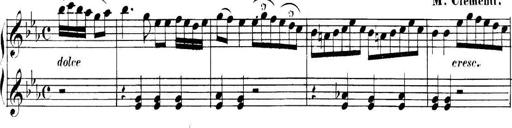
Title: Collected Piano Sonatas
Composer: Muzio Clementi